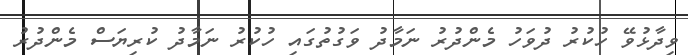
ވިދާޅުވޭ ހުކުރު ދުވަހު މެންދުރު ނަމާދު ވަގުތުގައި ހުކުރު ނަމާދު ކުރިޔަސް މެންދުރު